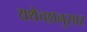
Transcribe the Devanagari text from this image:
यथेच्छानुसार